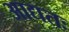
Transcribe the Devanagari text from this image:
आद्यतः